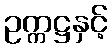
ဥက္ကဋ္ဌနှင့်